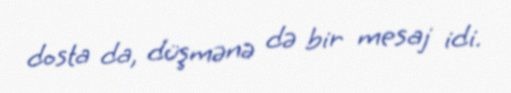
dosta da, düşmənə də bir mesaj idi.